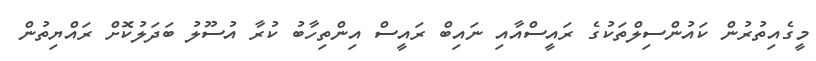
މީގެއިތުރުން ކައުންސިލްތަކުގެ ރައީސްއާއި ނައިބް ރައީސް އިންތިހާބު ކުރާ އުސޫލު ބަދަލުކޮށް ރައްޔިތުން